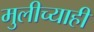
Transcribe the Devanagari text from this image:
मुलीच्याही